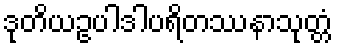
ဒုတိယဥပါဒါပရိတဿနာသုတ္တံ